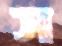
স